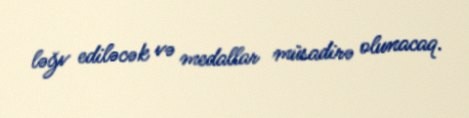
ləğv ediləcək və medallar müsadirə olunacaq.